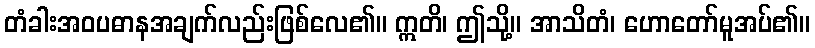
တံခါးအဝပဓာနအချက်လည်းဖြစ်လေ၏။ ဣတိ၊ ဤသို့။ အာသိတံ၊ ဟောတော်မူအပ်၏။